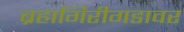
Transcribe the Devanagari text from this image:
ब्रह्मगिरीगडावर